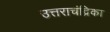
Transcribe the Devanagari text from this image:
उत्तराचंद्रिका